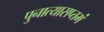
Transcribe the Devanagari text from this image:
पुनात्यासप्तमं